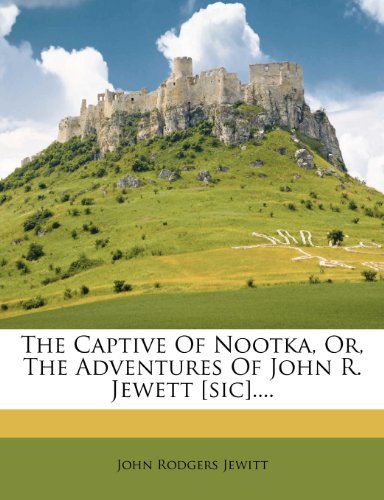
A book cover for The Captive Of Nootka, Or, The Adventures Of John R. Jewett [sic]....; John Rodgers Jewitt; Crafts, Hobbies & Home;